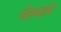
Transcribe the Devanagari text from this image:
पेशव्यांने